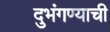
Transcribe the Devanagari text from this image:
दुभंगण्याची